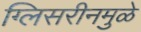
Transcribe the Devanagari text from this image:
ग्लिसरीनमुळे